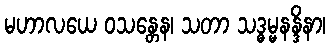
မဟာလယေ ဝသန္တေန၊ သတာ သဒ္ဓမ္မနန္ဒိနာ၊